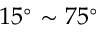
1 5 ^ { \circ } \sim 7 5 ^ { \circ }